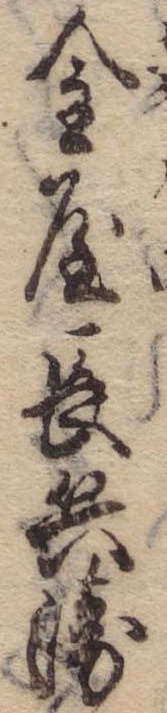
金屋長兵衛